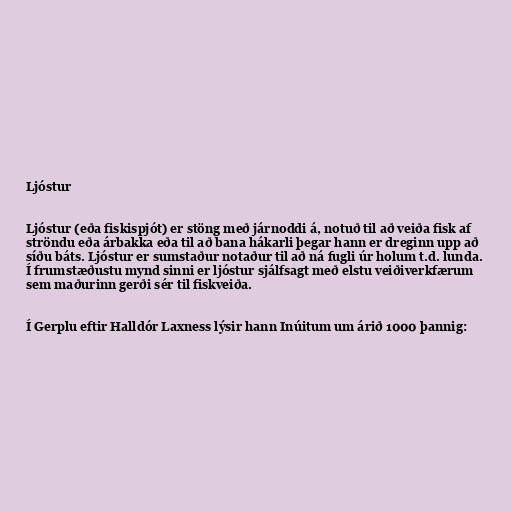
Ljóstur

Ljóstur (eða fiskispjót) er stöng með járnoddi á, notuð til að veiða fisk af
ströndu eða árbakka eða til að bana hákarli þegar hann er dreginn upp að
síðu báts. Ljóstur er sumstaður notaður til að ná fugli úr holum t.d. lunda.
Í frumstæðustu mynd sinni er ljóstur sjálfsagt með elstu veiðiverkfærum
sem maðurinn gerði sér til fiskveiða.

Í Gerplu eftir Halldór Laxness lýsir hann Inúitum um árið 1000 þannig: